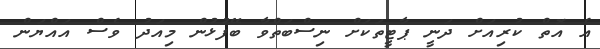
އެ އޮތް ކުރިއަށް ދަނީ ޕާޓީތަކަށް ނިސްބަތްވާ ބޭފުޅުން މިއަދު ވެސް އައްޔަން